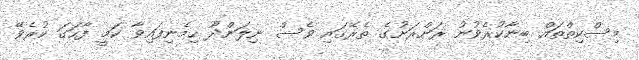
މިސްކިތްތައް ބިނާކުރެވުނު ރަށްރަށުގެ ތެރޭގައި ވެސް ނިލަންދޫ ހިމެނިފައިވާ ކަމީ ފާހަގަ ކުރެވޭ